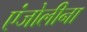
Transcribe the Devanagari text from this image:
एंजोलीना